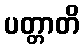
ပတ္တာတိ